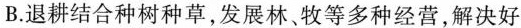
B.退耕结合种树种草，发展林、牧等多种经营，解决好